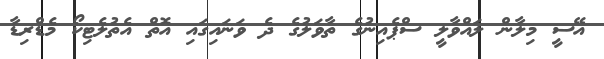
އޭސީ މިލާން ލައްވާލީ ސްޕެއިނުގެ ތާވަލުގެ ދެ ވަނައިގައި އޮތް އެތުލެޓިކޯ މެޑްރިޑާ